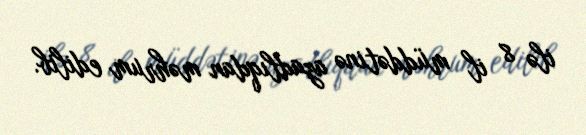
ilə 8 il müddətinə azadlıqdan məhrum edilib.